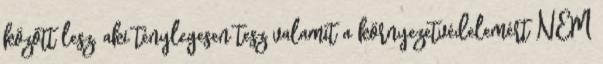
között lesz, aki ténylegesen tesz valamit a környezetvédelemért NEM